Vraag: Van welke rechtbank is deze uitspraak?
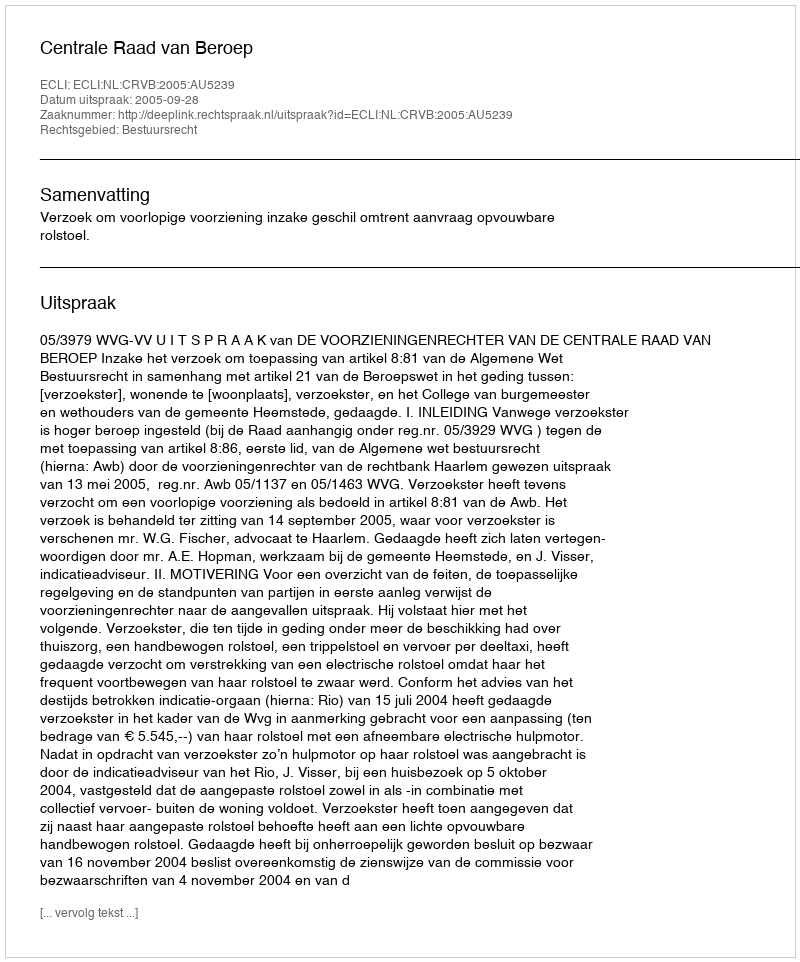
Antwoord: Centrale Raad van Beroep